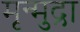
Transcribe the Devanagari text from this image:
मृन्मुद्रा